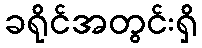
ခရိုင်အတွင်းရှိ